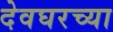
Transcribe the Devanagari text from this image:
देवघरच्या